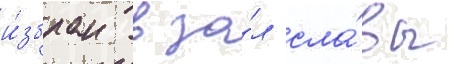
и́збран в за́л сла́вы